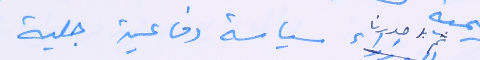
ثم اصدرنا سياسة دفاعية جلية